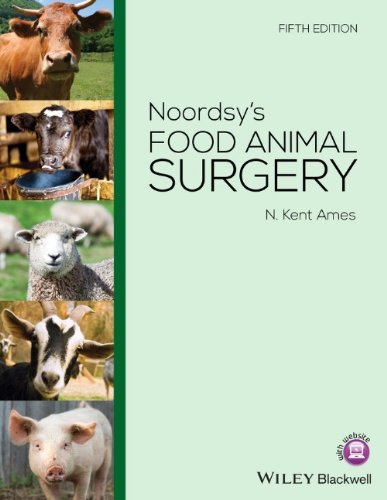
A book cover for Noordsy's Food Animal Surgery; N. Kent Ames; Medical Books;